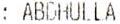
: ABDHULLA